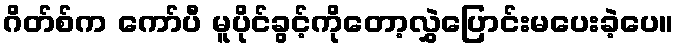
ဂိတ်စ်က ကော်ပီ မူပိုင်ခွင့်ကိုတော့လွှဲပြောင်းမပေးခဲ့ပေ။